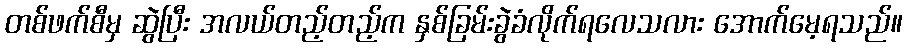
တစ်ဖက်စီမှ ဆွဲပြီး အလယ်တည့်တည့်က နှစ်ခြမ်းခွဲခံလိုက်ရလေသလား အောက်မေ့ရသည်။